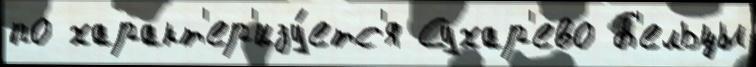
по характ'ер'изу́етс'я Сухар'ево Б'ельцы